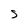
Character: s